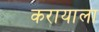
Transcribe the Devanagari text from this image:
करायाला